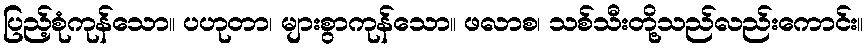
ပြည့်စုံကုန်သော။ ပဟုတာ၊ များစွာကုန်သော။ ဖလာစ၊ သစ်သီးတို့သည်လည်းကောင်း။